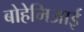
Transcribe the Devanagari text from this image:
बोहेमिआई